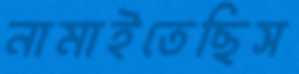
নামাইতেছিস